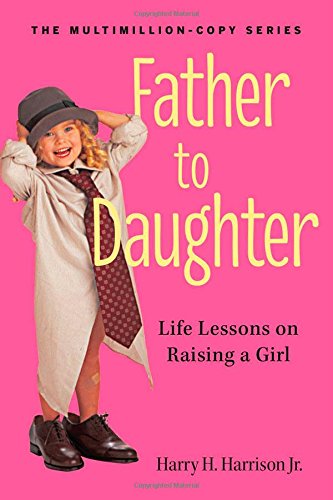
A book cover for Father to Daughter, Revised Edition: Life Lessons on Raising a Girl; Harry H. Harrison  Jr.; Parenting & Relationships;